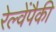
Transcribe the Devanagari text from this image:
रेल्वेंपैकी